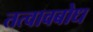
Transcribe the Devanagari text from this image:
तत्वावबोध